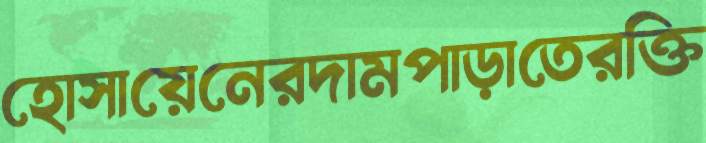
হোসায়েনেরদামপাড়াতেরক্তি